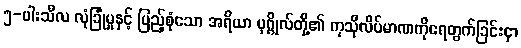
၅-ပါးသီလ လုံခြုံမှုနှင့် ပြည့်စုံသော အရိယာ ပုဂ္ဂိုလ်တို့၏ ကုသိုလိပ်မာဏကိုရေတွက်ခြင်းငှာ